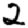
Digit: 2